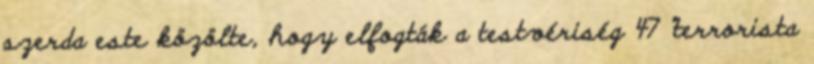
szerda este közölte, hogy elfogták a testvériség 47 "terrorista